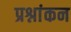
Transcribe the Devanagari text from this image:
प्रश्नांकन